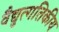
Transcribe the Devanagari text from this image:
वैद्युत्गतिकीय